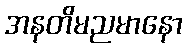
အနတိမညမာနော